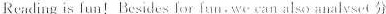
Reading is lun! Besides lor 「an.Wecan also analysot分